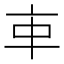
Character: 𠅊